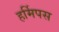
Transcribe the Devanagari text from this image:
हर्मिपस